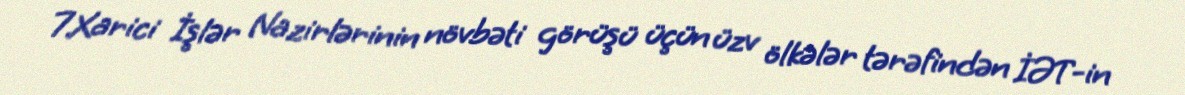
7.Xarici İşlər Nazirlərinin növbəti görüşü üçün üzv ölkələr tərəfindən İƏT-in